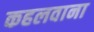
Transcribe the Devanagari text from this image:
कहलवाना